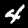
Digit: 4